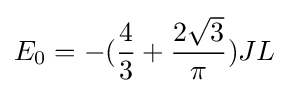
E_{0}=-({\frac {4}{3}}+{\frac {2{\sqrt {3}}}{\pi }})JL